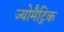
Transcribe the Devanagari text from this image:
ज्योमैट्रिक